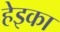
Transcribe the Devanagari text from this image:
हेइका